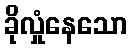
ခိုလှုံနေသော